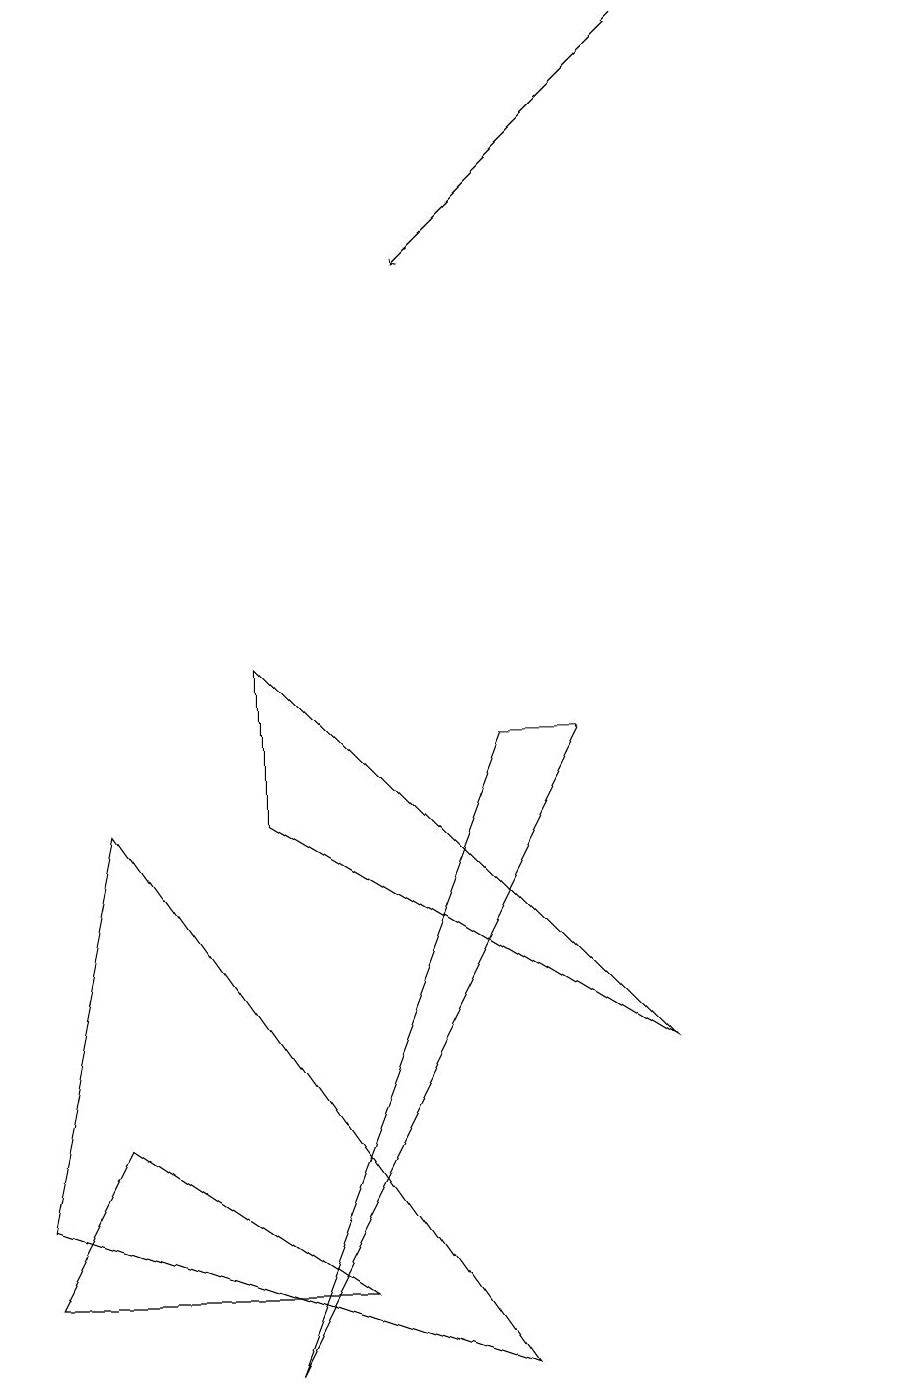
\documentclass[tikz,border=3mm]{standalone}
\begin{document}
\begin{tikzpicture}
\draw (7,8) -- (3,0) -- (6,8) -- cycle;
\draw (0,1) -- (1,3) -- (4,1) -- cycle;
\draw (8,4) -- (3,7) -- (3,9) -- cycle;
\draw (11,12) circle (0);
\draw (6,0) -- (1,7) -- (0,2) -- cycle;
\draw[->] (8,17) -- (5,14);
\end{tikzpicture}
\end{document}